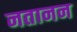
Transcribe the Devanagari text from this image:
नतानन